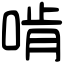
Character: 啃